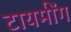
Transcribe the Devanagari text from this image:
टायमींग